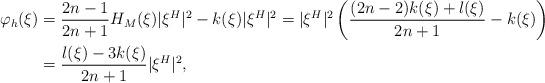
LaTeX: \begin{align*}\varphi_h(\xi)&=\frac{2n-1}{2n+1}H_M(\xi)|\xi^H|^2 - k(\xi) |\xi^H|^2=|\xi^H|^2\left( \frac{(2n-2)k(\xi) + l(\xi) }{2n+1} - k(\xi) \right)\\&=\frac{l(\xi)-3k(\xi)}{2n+1}|\xi^H|^2,\end{align*}